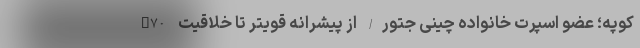
X70 کوپه؛ عضو اسپرت خانواده چینی جتور/ از پیشرانه قویتر تا خلاقیت